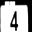
Digit: 4